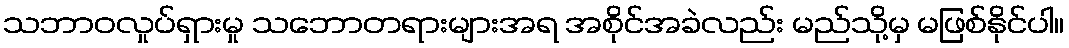
သဘာဝလှုပ်ရှားမှု သဘောတရားများအရ အစိုင်အခဲလည်း မည်သို့မှ မဖြစ်နိုင်ပါ။